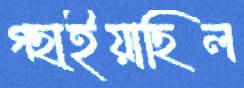
গছাইয়াছিল